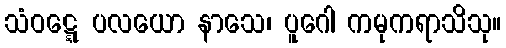
သံဝဋ္ဋေ ပလယော နာသေ၊ ပူဂေါ ကမုကရာသိသု။